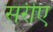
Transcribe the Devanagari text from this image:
सरीए